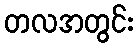
တလအတွင်း